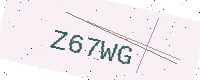
Text: Z67WG